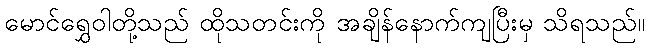
မောင်ရွှေဝါတို့သည် ထိုသတင်းကို အချိန်နောက်ကျပြီးမှ သိရသည်။